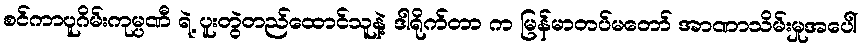
စင်ကာပူဂိမ်းကုမ္ပဏီ ရဲ့ ပူးတွဲတည်ထောင်သူနဲ့ ဒါရိုက်တာ က မြန်မာတပ်မတော် အာဏာသိမ်းမှုအပေါ်